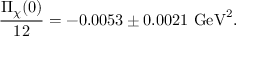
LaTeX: \frac { \Pi _ { \chi } ( 0 ) } { 1 2 } = - 0 . 0 0 5 3 \pm 0 . 0 0 2 1 \ \mathrm { G e V } ^ { 2 } .